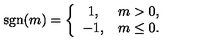
\mathrm { s g n } ( m ) = \left\{ \begin{array} { c c } { 1 , } & { m > 0 , } \\ { - 1 , } & { m \le 0 . } \\ \end{array} \right.